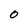
Character: O